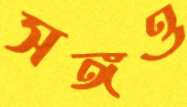
সঙ্গও